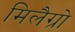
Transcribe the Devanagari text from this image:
मिलैग्रो